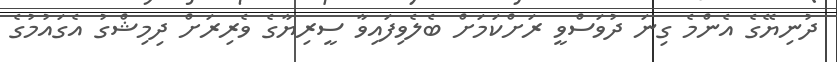
ދުނިޔޭގެ އެންމެ ގިނަ ދުވަސްވީ ރަށްކަމަށް ބެލެވިފައިވާ ސީރިޔާގެ ވެރިރަށް ދިމިޝްގު އެގައުމުގެ